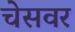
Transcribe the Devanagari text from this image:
चेसवर